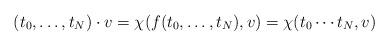
LaTeX: \begin{align*} (t_0, \dots, t_N) \cdot v = \chi(f(t_0, \dots, t_N),v) = \chi(t_0 \cdots t_N, v)\end{align*}